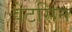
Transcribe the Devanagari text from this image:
वेटसिन